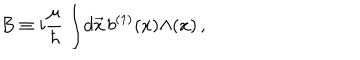
B \equiv i { \frac { \mu } { \hbar } } \int \! d \vec { x } \, b ^ { ( 1 ) } ( x ) \Lambda ( x ) \, ,